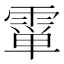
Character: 𱁞